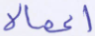
أعمالا